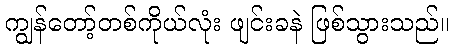
ကျွန်တော့်တစ်ကိုယ်လုံး ဖျင်းခနဲ ဖြစ်သွားသည်။